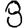
Digit: 8